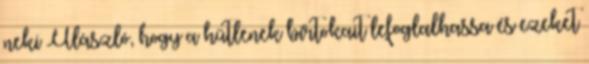
neki Ulászló, hogy a hűtlenek birtokait lefoglalhassa és ezeket